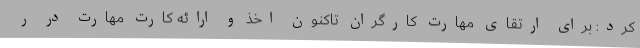
کرد: برای ارتقای مهارت کارگران تاکنون اخذ و ارائه کارت مهارت در ر